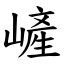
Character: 嵼